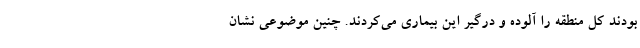
بودند کل منطقه را آلوده و درگیر این بیماری می‌کردند. چنین موضوعی نشان